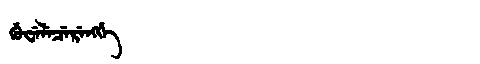
Manchu: ᡤᡠᠸᡝᠯᡝᠴᡝᡵᡝᠩᡤᡝ
Romanization: GUWELECERENGGE